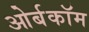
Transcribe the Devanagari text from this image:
ओर्बकॉम